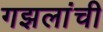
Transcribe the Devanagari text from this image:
गझलांची